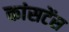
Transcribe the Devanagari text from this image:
कांसटेंस